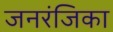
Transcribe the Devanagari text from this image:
जनरंजिका